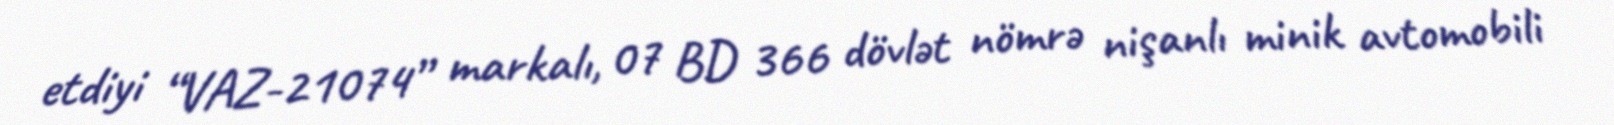
etdiyi “VAZ-21074” markalı, 07 BD 366 dövlət nömrə nişanlı minik avtomobili